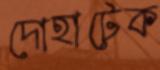
দোহাটেক